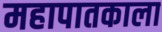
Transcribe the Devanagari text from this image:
महापातकाला